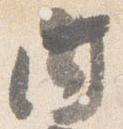
内